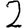
Digit: 2